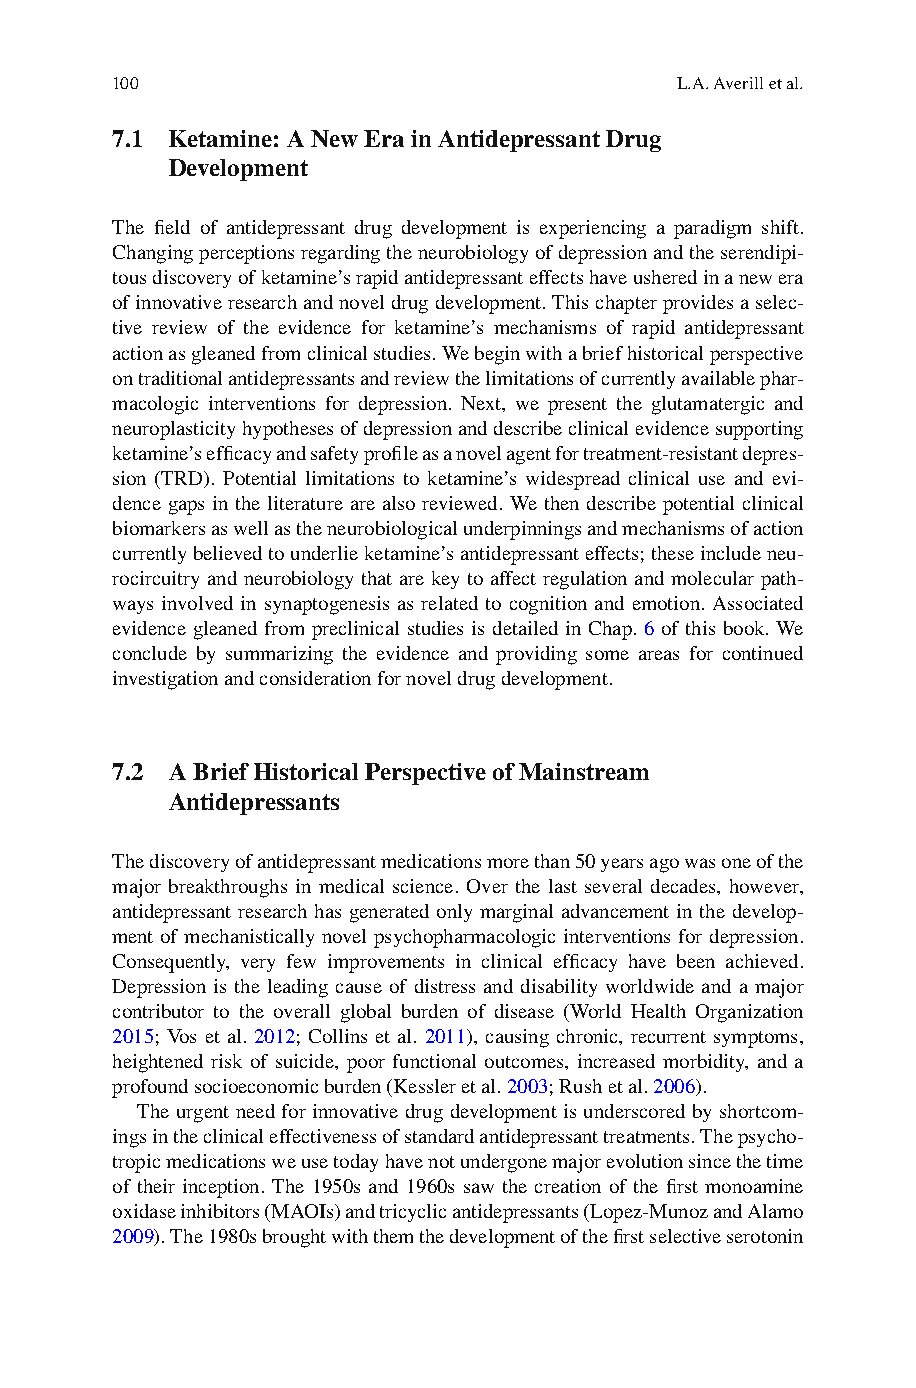
100                                   L.A. Averill et al.
 7.1 Ketamine: A New Era in Antidepressant Drug
 Development
 The fi eld of antidepressant drug development is experiencing a paradigm shift.
 Changing perceptions regarding the neurobiology of depression and the serendipi-
 tous discovery of ketamine’s rapid antidepressant effects have ushered in a new era
 of innovative research and novel drug development. This chapter provides a selec-
 tive review of the evidence for ketamine’s mechanisms of rapid antidepressant
 action as gleaned from clinical studies. We begin with a brief historical perspective
 on traditional antidepressants and review the limitations of currently available phar-
 macologic interventions for depression. Next, we present the glutamatergic and
 neuroplasticity hypotheses of depression and describe clinical evidence supporting
 ketamine’s effi cacy and safety profi le as a novel agent for treatment-resistant depres-
 sion (TRD). Potential limitations to ketamine’s widespread clinical use and evi-
 dence gaps in the literature are also reviewed. We then describe potential clinical
 biomarkers as well as the neurobiological underpinnings and mechanisms of action
 currently believed to underlie ketamine’s antidepressant effects; these include neu-
 rocircuitry and neurobiology that are key to affect regulation and molecular path-
 ways involved in synaptogenesis as related to cognition and emotion. Associated
 evidence gleaned from preclinical studies is detailed in Chap. 6 of this book. We
 conclude by summarizing the evidence and providing some areas for continued
 investigation and consideration for novel drug development.
 7.2 A Brief Historical Perspective of Mainstream
 Antidepressants
 T he discovery of antidepressant medications more than 50 years ago was one of the
 major breakthroughs in medical science. Over the last several decades, however,
 antidepressant research has generated only marginal advancement in the develop-
 ment of mechanistically novel psychopharmacologic interventions for depression.
 Consequently, very few improvements in clinical effi cacy have been achieved.
 Depression is the leading cause of distress and disability worldwide and a major
 contributor to the overall global burden of disease (World Health Organization
 2015; Vos et al. 2012; Collins et al. 2011) , causing chronic, recurrent symptoms,
 heightened risk of suicide, poor functional outcomes, increased morbidity, and a
 profound socioeconomic burden (Kessler et al. 2 003 ; Rush et al. 2 006 ).
 The urgent need for innovative drug development is underscored by shortcom-
 ings in the clinical effectiveness of standard antidepressant treatments. The psycho-
 tropic medications we use today have not undergone major evolution since the time
 of their inception. The 1950s and 1960s saw the creation of the fi rst monoamine
 oxidase inhibitors (MAOIs) and tricyclic antidepressants (Lopez-Munoz and Alamo
 2009 ). The 1980s brought with them the development of the fi rst selective serotonin